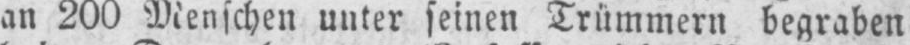
an 200 Menschen unter seinen Trümmern begraben